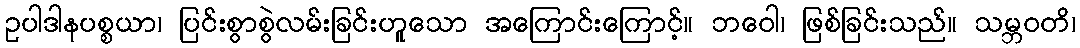
ဥပါဒါနပစ္စယာ၊ ပြင်းစွာစွဲလမ်းခြင်းဟူသော အကြောင်းကြောင့်။ ဘဝေါ၊ ဖြစ်ခြင်းသည်။ သမ္ဘဝတိ၊